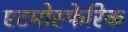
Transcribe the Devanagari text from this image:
एटमोस्फेरिक